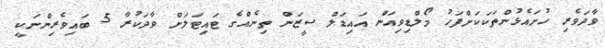
ވާދަވެރި ހުށައެޅުންތަކަކަށްފަހު މޯލްޑިވިއަން އައިޑަލް ސީޒަން ތިނެއްގެ ޓައިޓަލަށް ވާދަކުރާ 5 ބައިވެރިންނަކީ